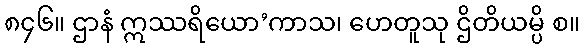
၈၄၆။ ဌာနံ ဣဿရိယော’ကာသ၊ ဟေတူသု ဌိတိယမ္ပိ စ။